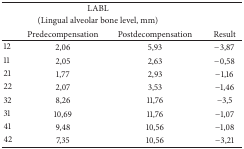
<table><thead><tr><td colspan="4"><b>LABL</b></td></tr><tr><td colspan="4"><b> (Lingual alveolar bone level, mm)</b></td></tr><tr><td><b> </b></td><td><b>Predecompensation</b></td><td><b>Postdecompensation</b></td><td><b>Result</b></td></tr></thead><tbody><tr><td>12</td><td>2,06</td><td>5,93</td><td>−3,87</td></tr><tr><td>11</td><td>2,05</td><td>2,63</td><td>−0,58</td></tr><tr><td>21</td><td>1,77</td><td>2,93</td><td>−1,16</td></tr><tr><td>22</td><td>2,07</td><td>3,53</td><td>−1,46</td></tr><tr><td>32</td><td>8,26</td><td>11,76</td><td>−3,5</td></tr><tr><td>31</td><td>10,69</td><td>11,76</td><td>−1,07</td></tr><tr><td>41</td><td>9,48</td><td>10,56</td><td>−1,08</td></tr><tr><td>42</td><td>7,35</td><td>10,56</td><td>−3,21</td></tr></tbody></table>